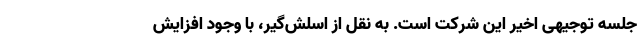
جلسه توجیهی اخیر این شرکت است. به نقل از اسلش‌گیر، با وجود افزایش